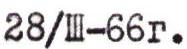
28/III-66r.